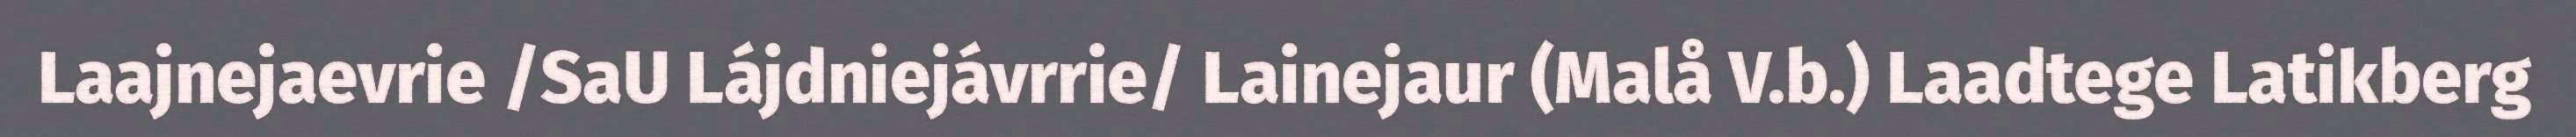
Laajnejaevrie /SaU Lájdniejávrrie/ Lainejaur (Malå V.b.) Laadtege Latikberg